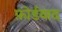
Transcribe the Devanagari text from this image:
फ़ोर्डवाद